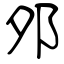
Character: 邜